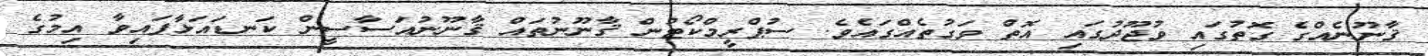
ޤާނޫނެއްގެ ގޮތުގައި ވުޖޫދުގައި އޮތް ވަގުތެއްގައެވެ. ސުޕްރީމްކޯޓުން ޤާނޫނުތައް ޤާނޫނުއަސާސީން ކަނޑައަޅާފައިވާ އިމުގެ